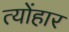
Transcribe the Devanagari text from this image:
त्योंहार